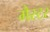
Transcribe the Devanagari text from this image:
मैस्टर